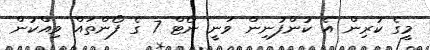
މީގެ ކުރިން އެ ކުންފުނިން ވަނީ ނޯޓް 7 ގެ ފޯންތައް ވިއްކުން